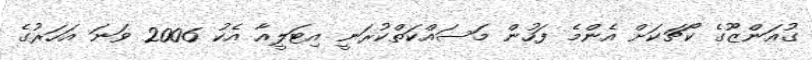
ގުއަންޒޫގެ ކޯޗަކަށް އެންމެ ފަހުން މަސައްކަތްކުރަނީ އިޓަލީއާ އެކު 2006 ވަނަ އަހަރުގެ